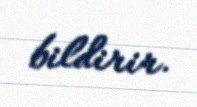
bildirir.